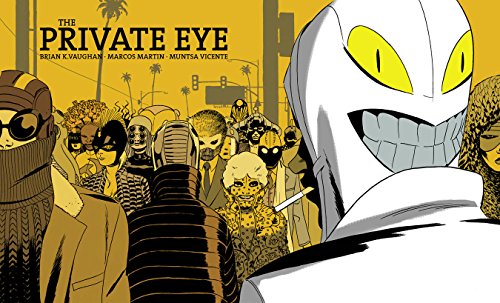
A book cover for Private Eye Deluxe Edition; Brian K. Vaughan; Comics & Graphic Novels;